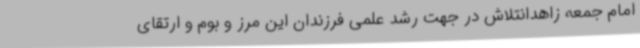
امام جمعه زاهدانتلاش در جهت رشد علمی فرزندان این مرز و بوم و ارتقای